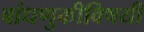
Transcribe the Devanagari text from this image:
बांधणुकीविषयी